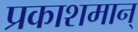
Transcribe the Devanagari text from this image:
प्रकाशमान्‌